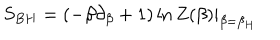
S _ { B H } = ( - \beta \partial _ { \beta } + 1 ) \ln Z ( \beta ) | _ { \beta = \beta _ { H } }